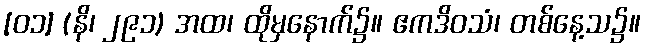
[၀၁] (နိ၊ ၂၉၁) အထ၊ ထိုမှနောက်၌။ ဧကဒိဝသံ၊ တစ်နေ့သ၌။